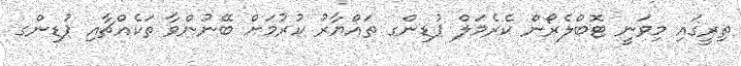
ތިރީގައި މިވަނީ ޓޮބްލެރޯން ކެރެމަލް ޕުޑިންގ ތައްޔާރު ކުރުމަށް ބޭނުންވާ ތަކެއްޗާއި ޕުޑިންގ